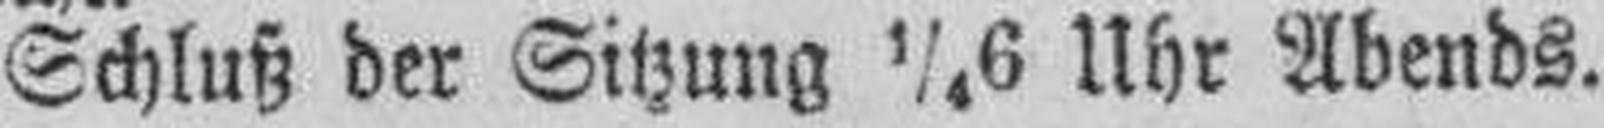
Schluß der Sitzung ¼ 6 Uhr Abends.